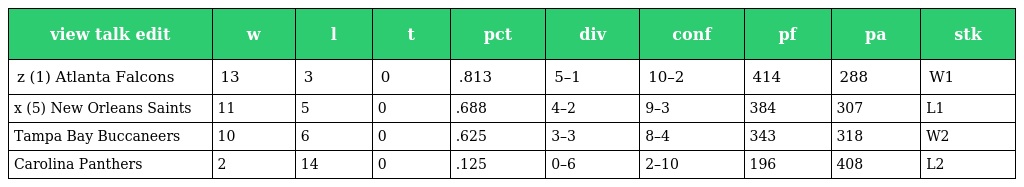
| view talk edit | w | l | t | pct | div | conf | pf | pa | stk |
 | --- | --- | --- | --- | --- | --- | --- | --- | --- | --- |
 | z (1) Atlanta Falcons | 13 | 3 | 0 | .813 | 5–1 | 10–2 | 414 | 288 | W1 |
 | x (5) New Orleans Saints | 11 | 5 | 0 | .688 | 4–2 | 9–3 | 384 | 307 | L1 |
 | Tampa Bay Buccaneers | 10 | 6 | 0 | .625 | 3–3 | 8–4 | 343 | 318 | W2 |
 | Carolina Panthers | 2 | 14 | 0 | .125 | 0–6 | 2–10 | 196 | 408 | L2 |